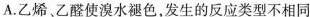
A.乙烯、乙醛使溴水褪色，发生的反应类型不相同